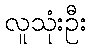
လူသုံးဦး